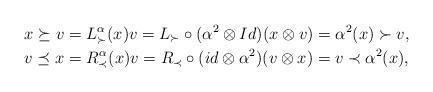
LaTeX: \begin{align*} x\succeq v&=L_\succ^\alpha(x)v=L_\succ\circ(\alpha^2\otimes Id)(x\otimes v)=\alpha^2(x)\succ v,\\v\preceq x&=R_\prec^\alpha(x)v=R_\prec\circ(id\otimes\alpha^2)(v\otimes x)=v\prec\alpha^2(x), \end{align*}